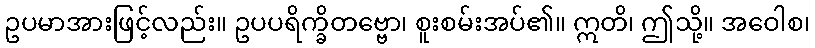
ဥပမာအားဖြင့်လည်း။ ဥပပရိက္ခိတဗ္ဗော၊ စူးစမ်းအပ်၏။ ဣတိ၊ ဤသို့။ အဝေါစ၊